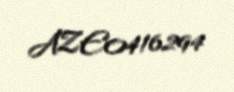
AZE0416294